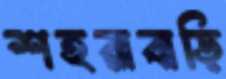
শহরাবাড়ি